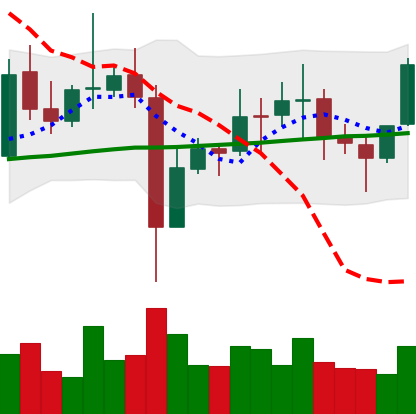
Ticker: EOS-USD
Chart end date: 2021-11-08
Forward return: 3.198%
Label: up_3_5